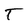
Character: T